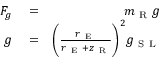
\begin{array} { r l r } { F _ { g } } & { { } = } & { m _ { \mathrm { ~ R ~ } } g } \\ { g } & { { } = } & { \bigg ( \frac { r _ { \mathrm { ~ E ~ } } } { r _ { \mathrm { ~ E ~ } } + z _ { \mathrm { ~ R ~ } } } \bigg ) ^ { 2 } g _ { \mathrm { ~ S ~ L ~ } } } \end{array}